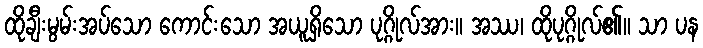
ထိုချီးမွမ်းအပ်သော ကောင်းသော အယူရှိသော ပုဂ္ဂိုလ်အား။ အဿ၊ ထိုပုဂ္ဂိုလ်၏။ သာ ပန